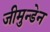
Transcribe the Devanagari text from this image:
जीमुन्डेन